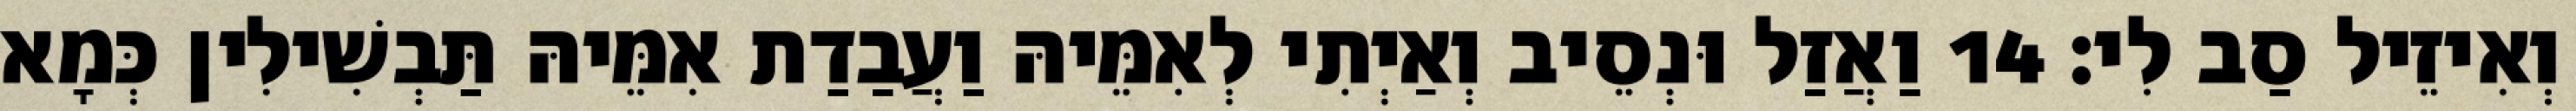
וְאִיזֵיל סַב לִי׃ 14 וַאֲזַל וּנְסֵיב וְאַיְתִי לְאִמֵּיהּ וַעֲבַדַת אִמֵּיהּ תַּבְשִׁילִין כְּמָא